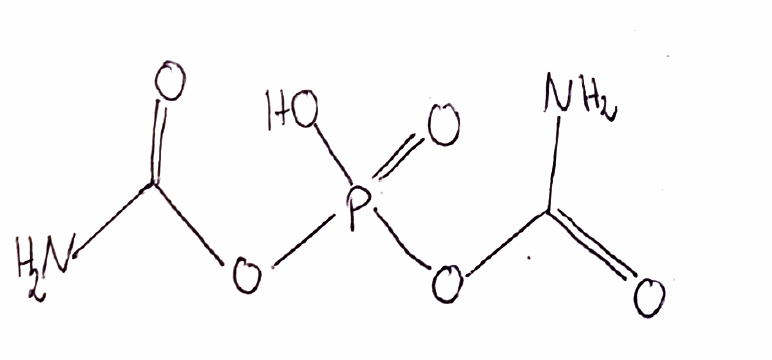
Simplified molecular-input line-entry system (SMILES) notation of the given molecule:
C(=O)(N)OP(=O)(O)OC(=O)N